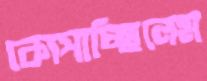
কোপাচ্ছিলেম